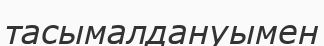
тасымалдануымен